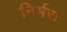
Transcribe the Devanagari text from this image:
निर्भरः